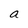
Character: a